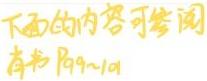
下面的内容可参阅
奇书 P99~101